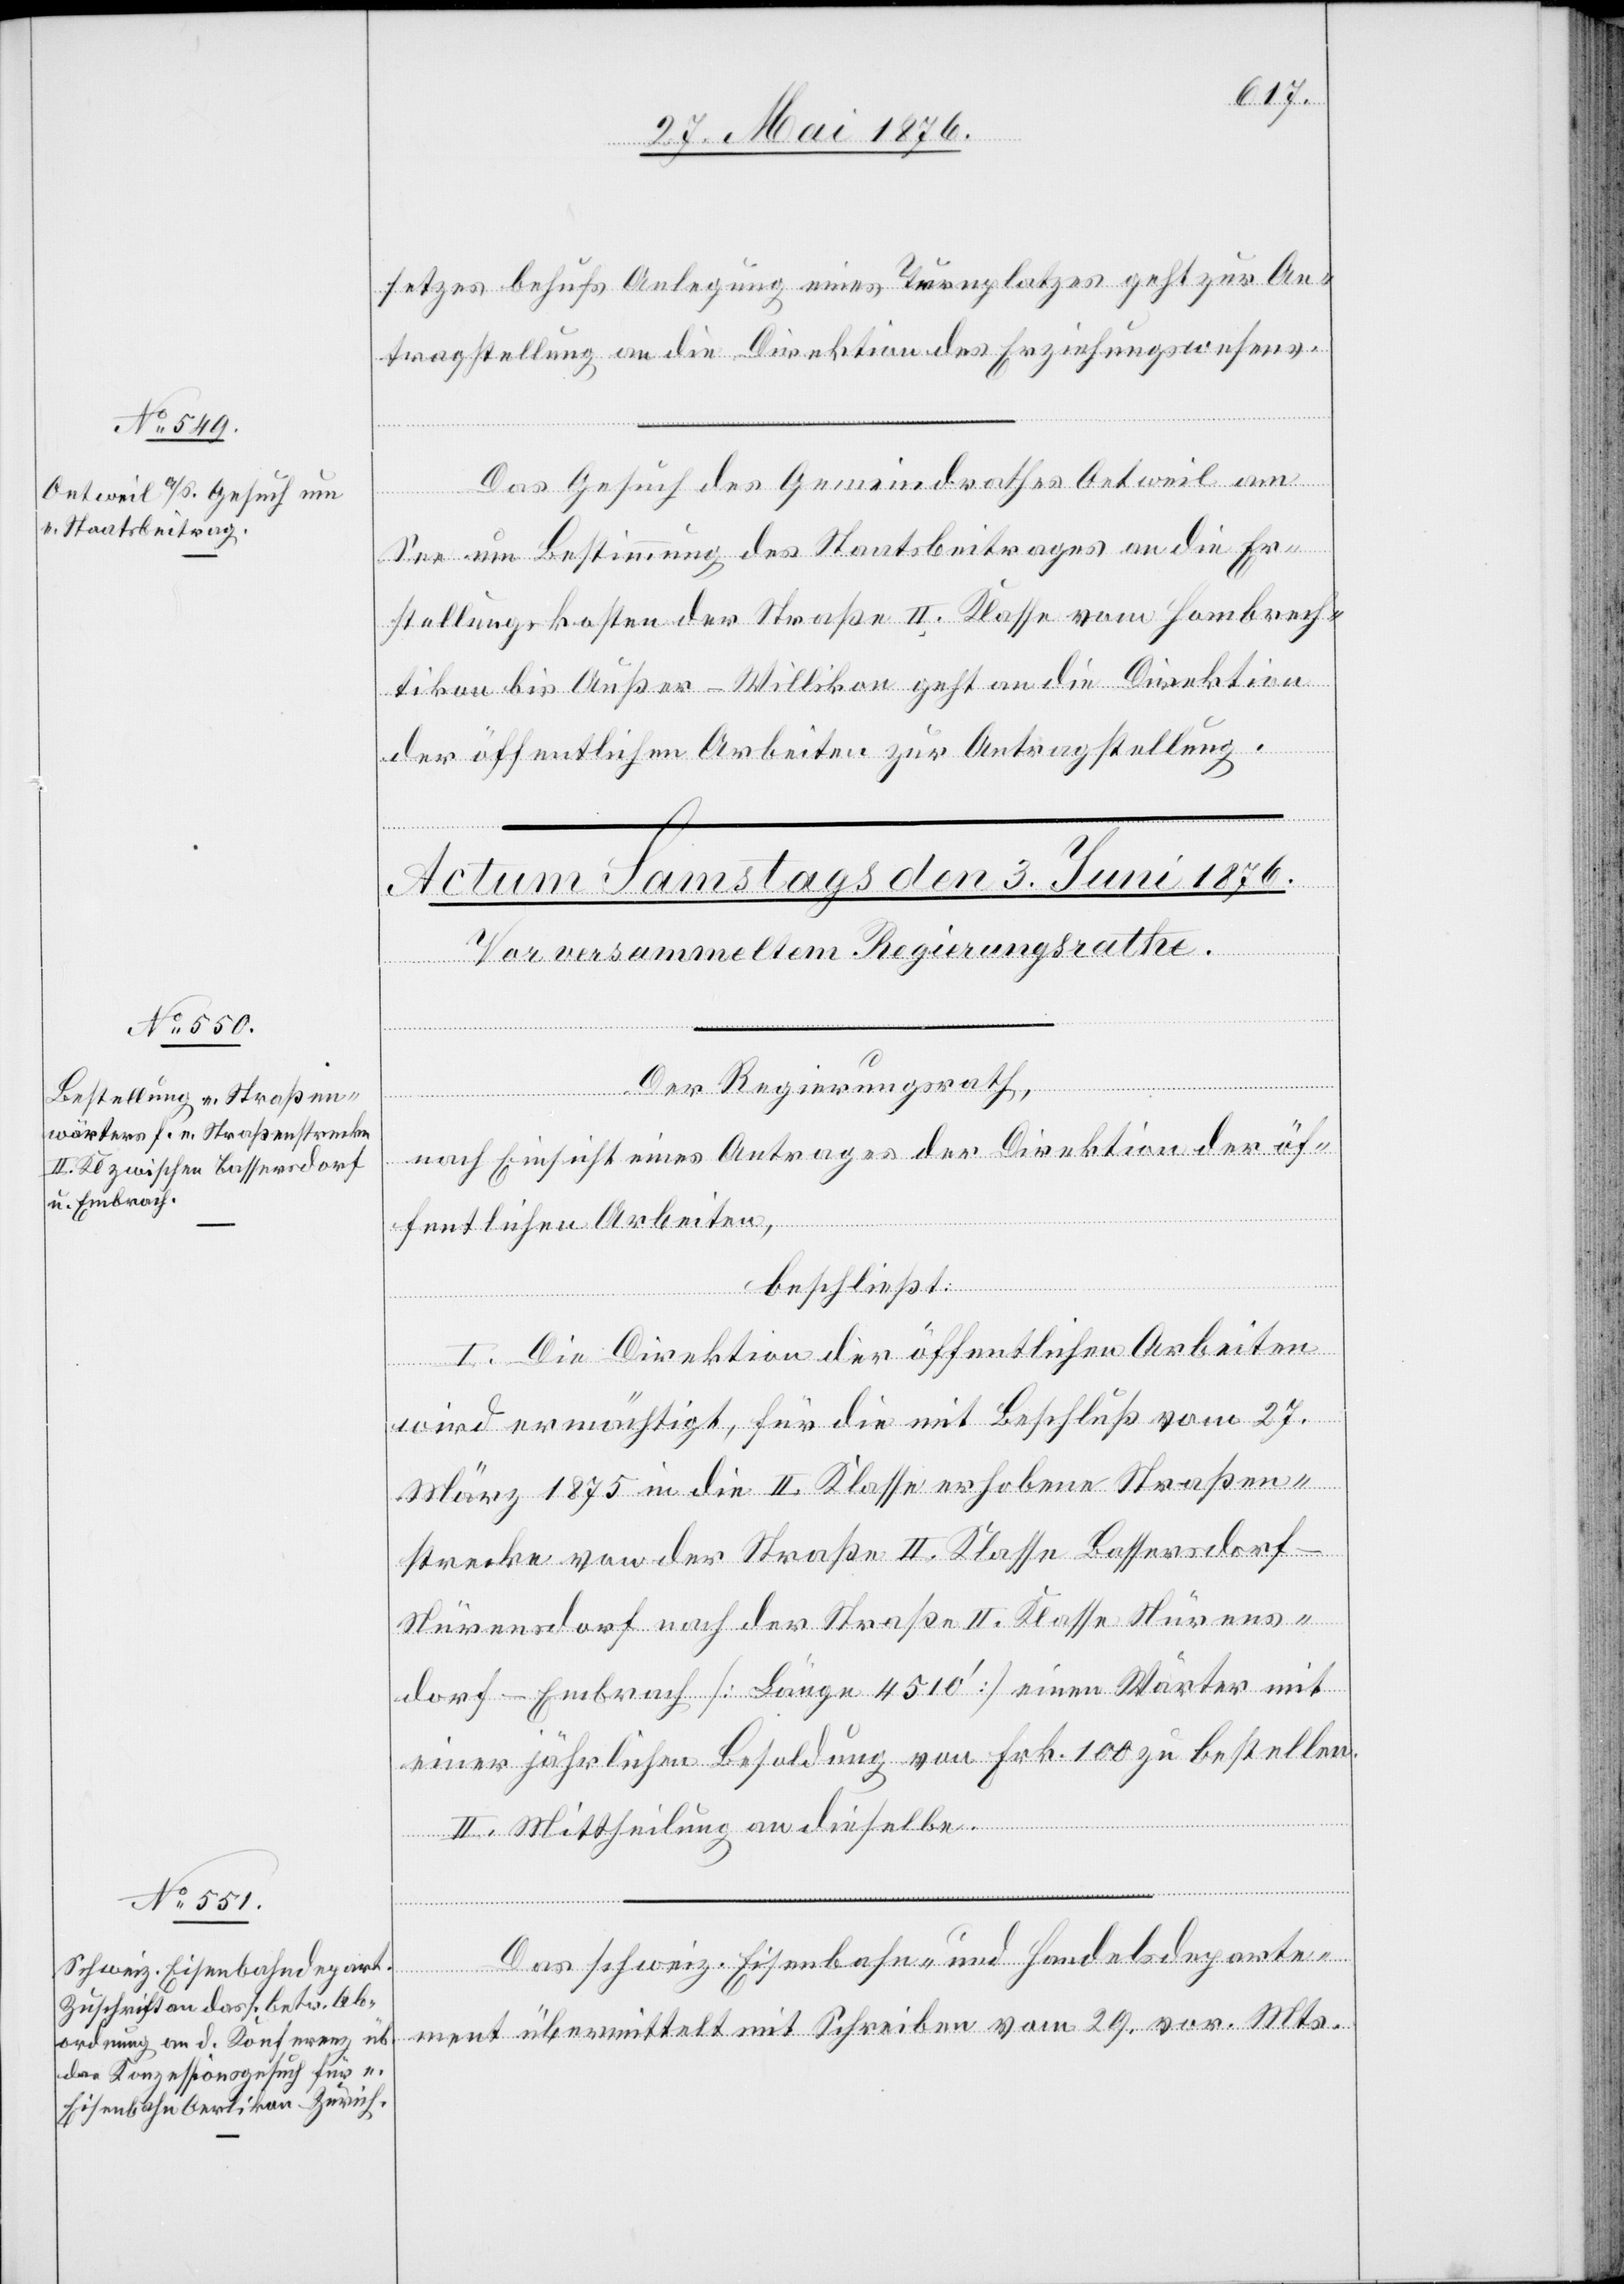
2. Juni 1876.]
setzes behufs Anlegung eines Turnplatzes geht zur An¬
tragstellung an die Direktion des Erziehungswesens.
Das Gesuch des Gemeindrathes Oetweil am
See um Bestimmung des Staatsbeitrages an die Er¬
stellungskosten der Straße II. Klasse vom [sic!] Hombrech¬
tikon bis Außer-Willikon geht an die Direktion
der öffentlichen Arbeiten zur Antragstellung.
Der Regierungsrath,
nach Einsicht eines Antrages der Direktion der öf¬
fentlichen Arbeiten,
beschließt:
I. Die Direktion der öffentlichen Arbeiten
wird ermächtigt, für die mit Beschluß vom 27.
März 1875 in die II. Klasse erhobene Straßen¬
strecke von der Straße II. Klasse Nürensdo¬
rf–Embrach [Länge 4510‘] einen Wärter mit
einer jährlichen Besoldung von Frk. 100 zu bestellen.
II. Mittheilung an dieselbe.
Das schweiz. Eisenbahn- und Handelsdeparte¬
ment übermittelt mit Schreiben vom 29. vor. Mts.